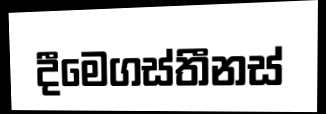
දීමෙගස්තීනස්